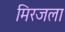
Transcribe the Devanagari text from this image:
मिरजला